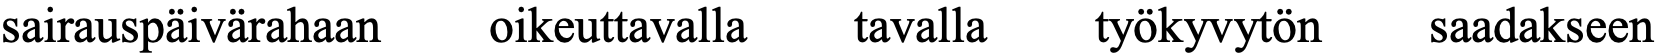
sairauspäivärahaan oikeuttavalla tavalla työkyvytön saadakseen